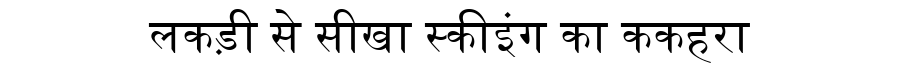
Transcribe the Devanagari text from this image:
लकड़ी से सीखा स्कीइंग का ककहरा